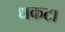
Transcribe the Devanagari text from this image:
धकटा